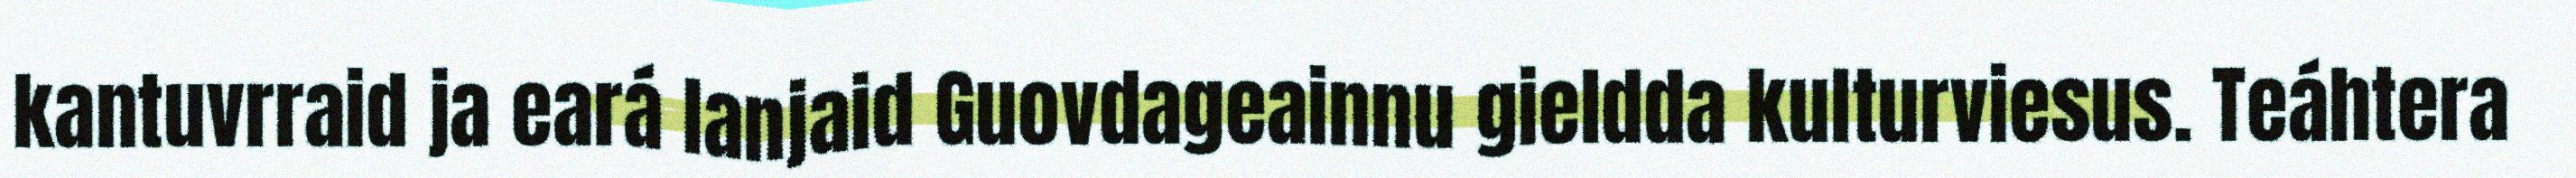
kantuvrraid ja eará lanjaid Guovdageainnu gieldda kulturviesus. Teáhtera